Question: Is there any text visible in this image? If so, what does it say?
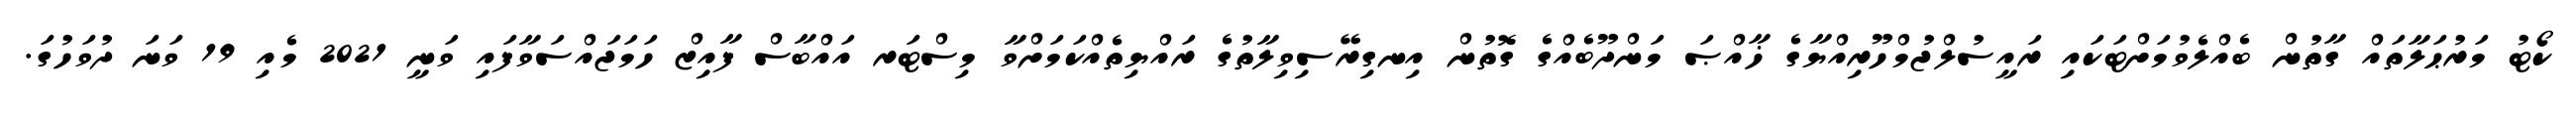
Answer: ކޯޓު މަރުޙަލާތައް ގާތުން ބެއްލެވުމަށްޓަކައި ރައީސުލްޖުމްހޫރިއްޔާގެ ޚާއްޞަ މަންދޫބެއްގެ ގޮތުން އިނގިރޭސިވިލާތުގެ ރައްޔިތެއްކަމަށްވާ މިސްޓަރ އައްބާސް ފާއިޒް ހަމަޖައްސަވާފައި ވަނީ 2021 މެއި 19 ވަނަ ދުވަހުގަ.